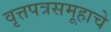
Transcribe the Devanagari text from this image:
वृत्तपत्रसमूहाचे